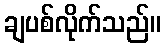
ချပစ်လိုက်သည်။